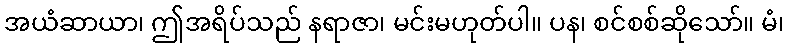
အယံဆာယာ၊ ဤအရိပ်သည် နရာဇာ၊ မင်းမဟုတ်ပါ။ ပန၊ စင်စစ်ဆိုသော်။ မံ၊